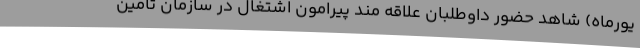
یورماه) شاهد حضور داوطلبان علاقه مند پیرامون اشتغال در سازمان تامین